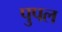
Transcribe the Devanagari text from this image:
पुपल